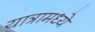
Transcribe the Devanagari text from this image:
यात्रामध्ये